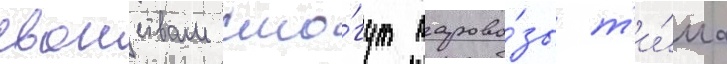
своиствам смо́гут парово́зы т'и́па